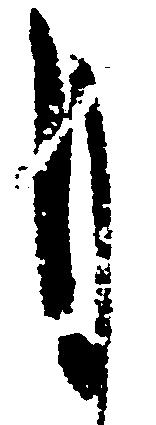
月